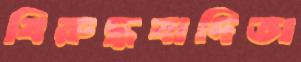
বিরুদ্ধবাদিতা